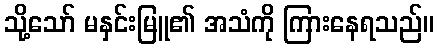
သို့သော် မနှင်းမြူ၏ အသံကို ကြားနေရသည်။